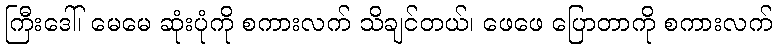
ကြီးဒေါ်၊ မေမေ ဆုံးပုံကို စကားလက် သိချင်တယ်၊ ဖေဖေ ပြောတာကို စကားလက်